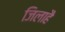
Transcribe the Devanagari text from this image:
जिलाहै